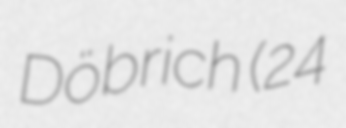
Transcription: Döbrich (24